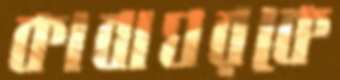
কাবাঘরকে